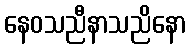
နေဝသညီနာသညိနော